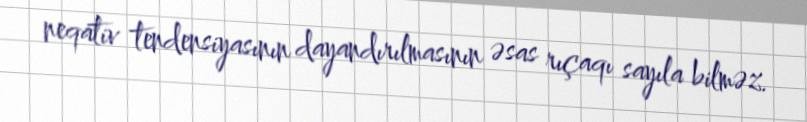
neqativ tendensiyasının dayandırılmasının əsas rıçaqı sayıla bilməz.